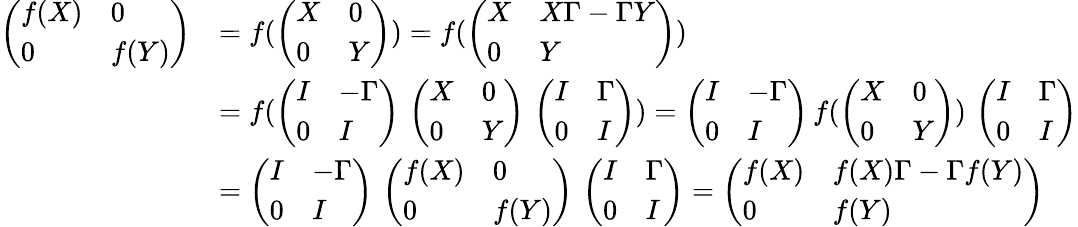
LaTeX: \begin{array}{rl}{\left(\begin{array}{ll}{f(X)}&{0}\\ {0}&{f(Y)}\end{array}\right)}&{=f(\left(\begin{array}{ll}{X}&{0}\\ {0}&{Y}\end{array}\right))=f(\left(\begin{array}{ll}{X}&{X\Gamma-\Gamma Y}\\ {0}&{Y}\end{array}\right))}\\ &{=f(\left(\begin{array}{ll}{I}&{-\Gamma}\\ {0}&{I}\end{array}\right)\, \left(\begin{array}{ll}{X}&{0}\\ {0}&{Y}\end{array}\right)\, \left(\begin{array}{ll}{I}&{\Gamma}\\ {0}&{I}\end{array}\right))=\left(\begin{array}{ll}{I}&{-\Gamma}\\ {0}&{I}\end{array}\right)\, f(\left(\begin{array}{ll}{X}&{0}\\ {0}&{Y}\end{array}\right))\, \left(\begin{array}{ll}{I}&{\Gamma}\\ {0}&{I}\end{array}\right)}\\ &{=\left(\begin{array}{ll}{I}&{-\Gamma}\\ {0}&{I}\end{array}\right)\, \left(\begin{array}{ll}{f(X)}&{0}\\ {0}&{f(Y)}\end{array}\right)\, \left(\begin{array}{ll}{I}&{\Gamma}\\ {0}&{I}\end{array}\right)=\left(\begin{array}{ll}{f(X)}&{f(X)\Gamma-\Gamma f(Y)}\\ {0}&{f(Y)}\end{array}\right)}\end{array}